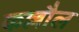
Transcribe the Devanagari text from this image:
कल्लौल